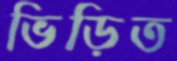
ভিড়িত